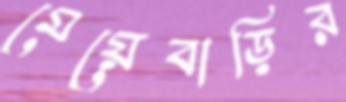
মেয়েবাড়ির